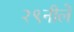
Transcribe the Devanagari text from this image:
२९नीले